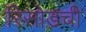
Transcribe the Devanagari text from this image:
रिसोडची